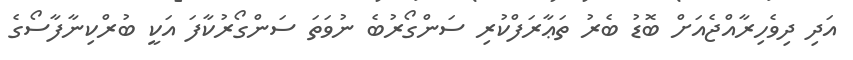
އަދި ދިވެހިރާއްޖެއަށް ބޮޑު ބެރު ތަޢާރަފްކުރި ސަންގޯރުބެ ނުވަތަ ސަންގޯރުކާފަ އަކީ ބުރްކިނާފާސޯގެ